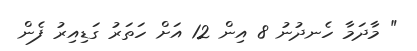
" މާދަމާ ހެނދުނު 8 އިން 12 އަށް ހަތަރު ގަޑިއިރު ފެން